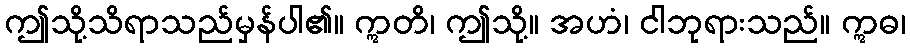
ဤသို့သိရာသည်မှန်ပါ၏။ ဣတိ၊ ဤသို့။ အဟံ၊ ငါဘုရားသည်။ ဣဓ၊